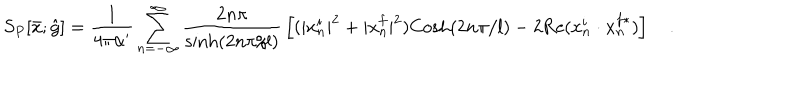
S _ { P } [ { \bar { x } } ; { \hat { g } } ] = { \frac { 1 } { 4 \pi \alpha ^ { \prime } } } \sum _ { n = - \infty } ^ { \infty } { \frac { 2 n \pi } { \mathrm { s i n h } ( 2 n \pi / l ) } } \left[ ( | x _ { n } ^ { i } | ^ { 2 } + | x _ { n } ^ { f } | ^ { 2 } ) \mathrm { C o s h } ( 2 n \pi / l ) - 2 \mathrm { R e } ( x _ { n } ^ { i } \cdot x _ { n } ^ { f * } ) \right] \quad .